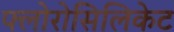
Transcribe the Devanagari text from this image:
फ्लोरोसिलिकेट